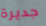
جديرة